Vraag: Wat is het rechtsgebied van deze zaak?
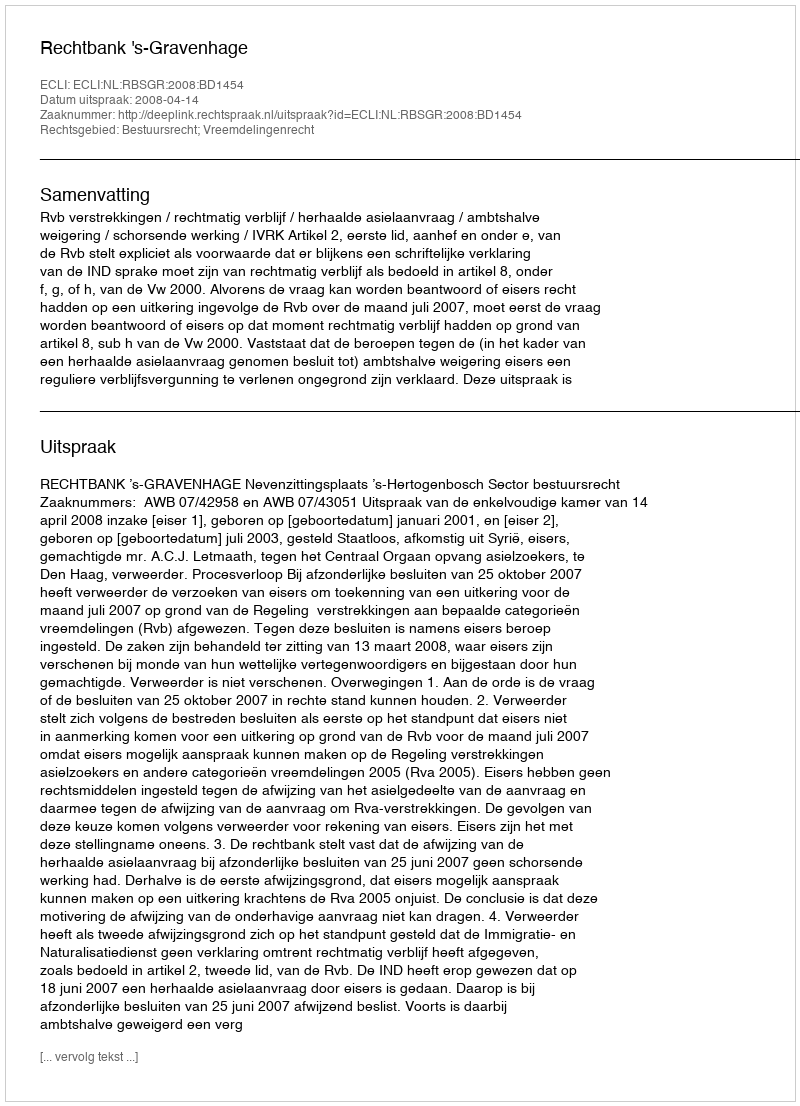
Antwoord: Bestuursrecht; Vreemdelingenrecht